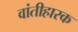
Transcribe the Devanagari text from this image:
वांतीहारक